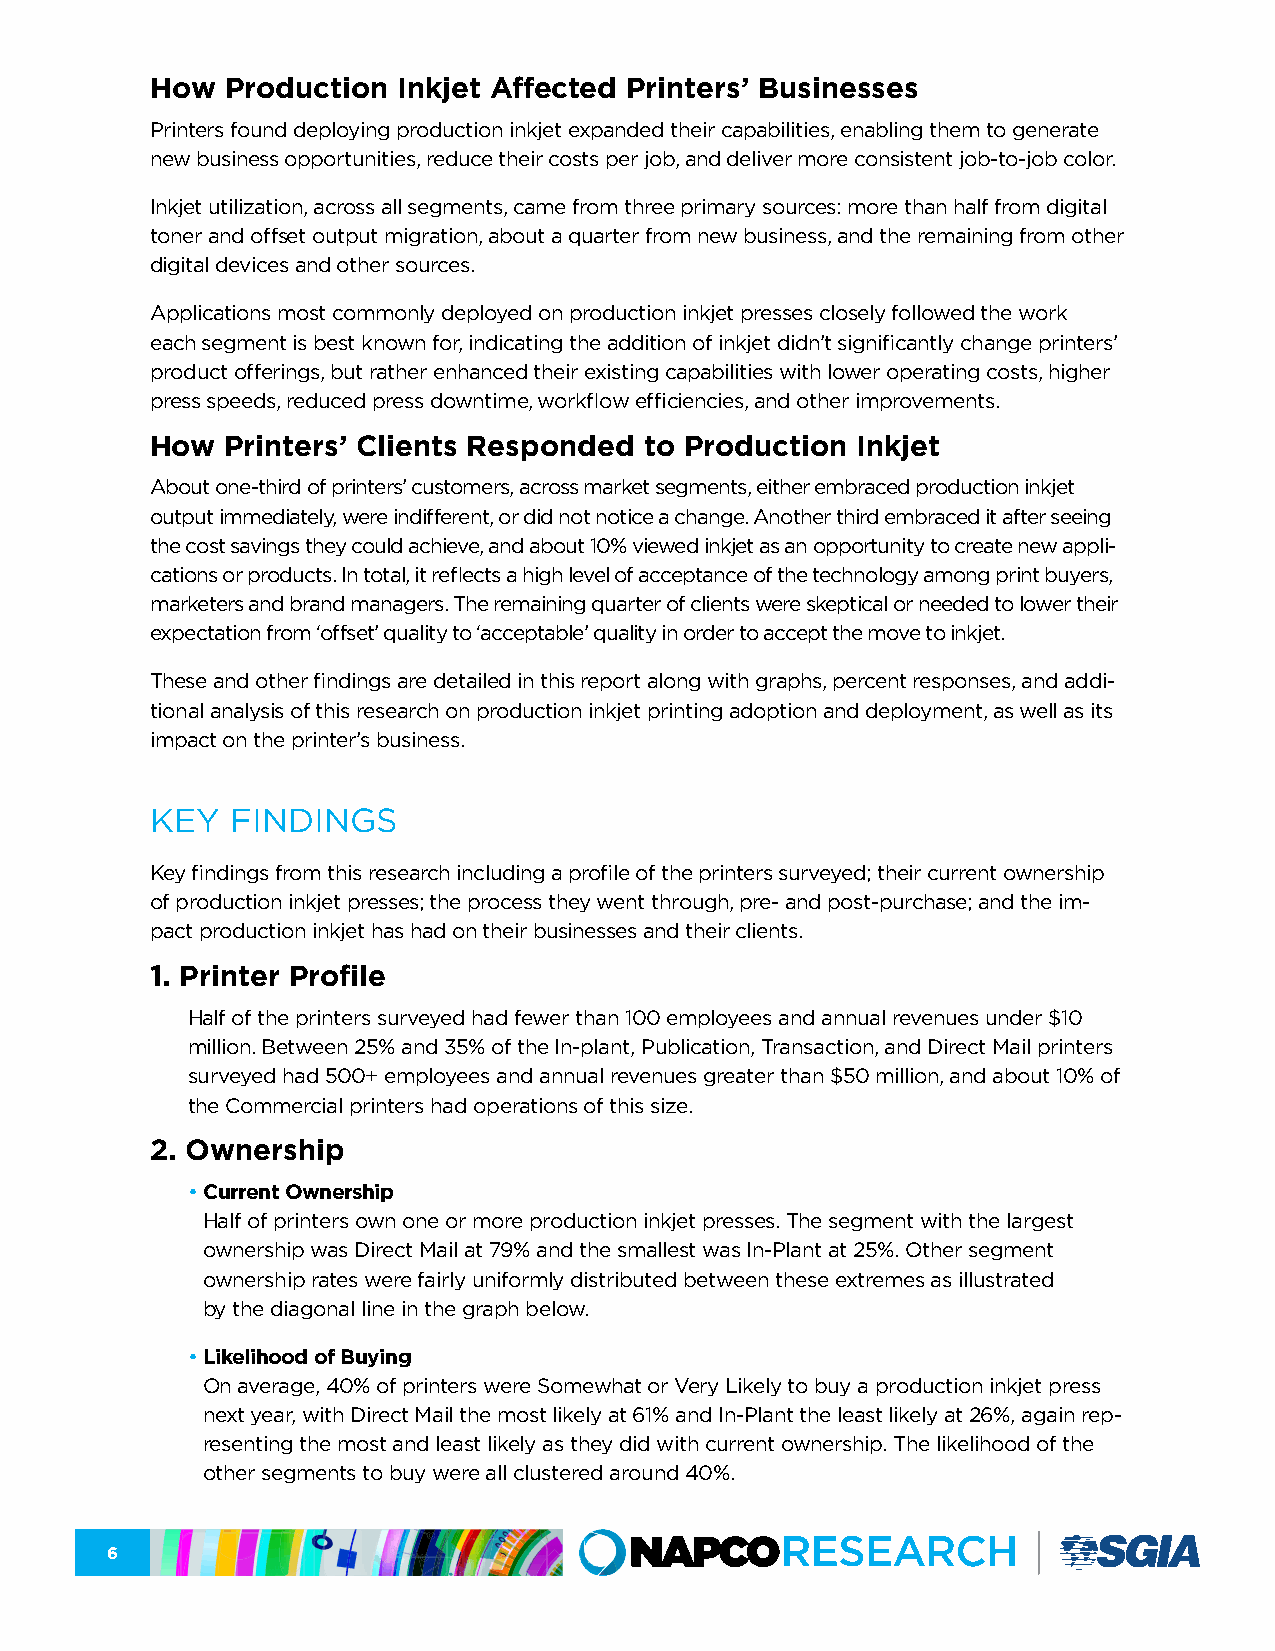
How  Production Inkjet Affected Printers’ Businesses
 Printers found deploying production inkjet expanded their capabilities, enabling them to generate
 new business opportunities, reduce their costs per job, and deliver more consistent job-to-job color.
 Inkjet utilization, across all segments, came from three primary sources: more than half from digital
 toner and offset output migration, about a quarter from new business, and the remaining from other
 digital devices and other sources.
 Applications most commonly deployed on production inkjet presses closely followed the work
 each segment is best known for, indicating the addition of inkjet didn’t significantly change printers’
 product offerings, but rather enhanced their existing capabilities with lower operating costs, higher
 press speeds, reduced press downtime, workflow efficiencies, and other improvements.
 How  Printers’ Clients Responded to Production Inkjet
 About one-third of printers’ customers, across market segments, either embraced production inkjet
 output immediately, were indifferent, or did not notice a change. Another third embraced it after seeing
 the cost savings they could achieve, and about 10% viewed inkjet as an opportunity to create new appli-
 cations or products. In total, it reflects a high level of acceptance of the technology among print buyers,
 marketers and brand managers. The remaining quarter of clients were skeptical or needed to lower their
 expectation from ‘offset’ quality to ‘acceptable’ quality in order to accept the move to inkjet.
 These and other findings are detailed in this report along with graphs, percent responses, and addi-
 tional analysis of this research on production inkjet printing adoption and deployment, as well as its
 impact on the printer’s business.
 KEY  FINDINGS
 Key findings from this research including a profile of the printers surveyed; their current ownership
 of production inkjet presses; the process they went through, pre- and post-purchase; and the im-
 pact production inkjet has had on their businesses and their clients.
 1. Printer Profile
 Half of the printers surveyed had fewer than 100 employees and annual revenues under $10
 million. Between 25% and 35% of the In-plant, Publication, Transaction, and Direct Mail printers
 surveyed had 500+ employees and annual revenues greater than $50 million, and about 10% of
 the Commercial printers had operations of this size.
 2. Ownership
 • Current Ownership
 Half of printers own one or more production inkjet presses. The segment with the largest
 ownership was Direct Mail at 79% and the smallest was In-Plant at 25%. Other segment
 ownership rates were fairly uniformly distributed between these extremes as illustrated
 by the diagonal line in the graph below.
 • Likelihood of Buying
 On average, 40% of printers were Somewhat or Very Likely to buy a production inkjet press
 next year, with Direct Mail the most likely at 61% and In-Plant the least likely at 26%, again rep-
 resenting the most and least likely as they did with current ownership. The likelihood of the
 other segments to buy were all clustered around 40%.
 6